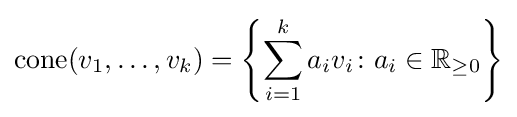
{\text{cone}}(v_{1},\ldots ,v_{k})=\left\{\sum _{i=1}^{k}a_{i}v_{i}\colon a_{i}\in \mathbb {R} _{\geq 0}\right\}